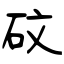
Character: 砇